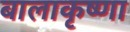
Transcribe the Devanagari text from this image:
बालाकृष्णा